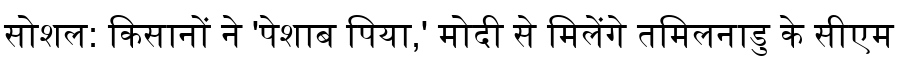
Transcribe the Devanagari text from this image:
सोशल: किसानों ने 'पेशाब पिया,' मोदी से मिलेंगे तमिलनाडु के सीएम